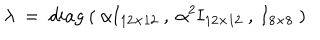
\lambda \ = \ d i a g \ ( \ \alpha { \bf I } _ { 1 2 \times 1 2 } \ , \ \alpha ^ { 2 } { \bf I } _ { 1 2 \times 1 2 } \ , \ { \bf I } _ { 8 \times 8 } \ )